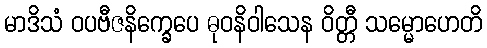
မာဒိသံ ဝပဗီဇနိက္ခေပေ ဓုဝနိဝါသေန ဝိတ္တီ သမ္မောဟေတိ